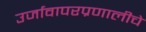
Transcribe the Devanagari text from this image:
उर्जावापरप्रणालीचे